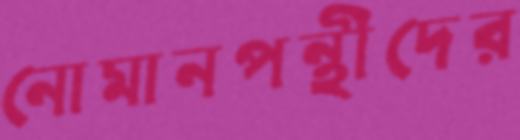
নোমানপন্থীদের